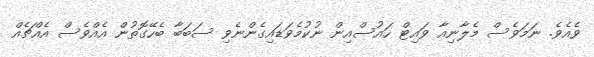
ވެއެވެ. ނަމަވެސް މެލާނިއާ ވައިޓް ހައުސްއިން ނުކުމެވަޑައިގެންނެވި ސަބަބާ ބެހޭގޮތުން އެއްވެސް އެއްޗެއް